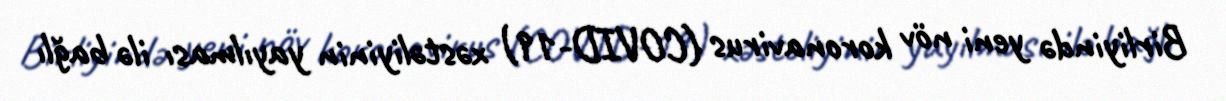
Birliyində yeni növ koronavirus (COVID-19) xəstəliyinin yayılması ilə bağlı